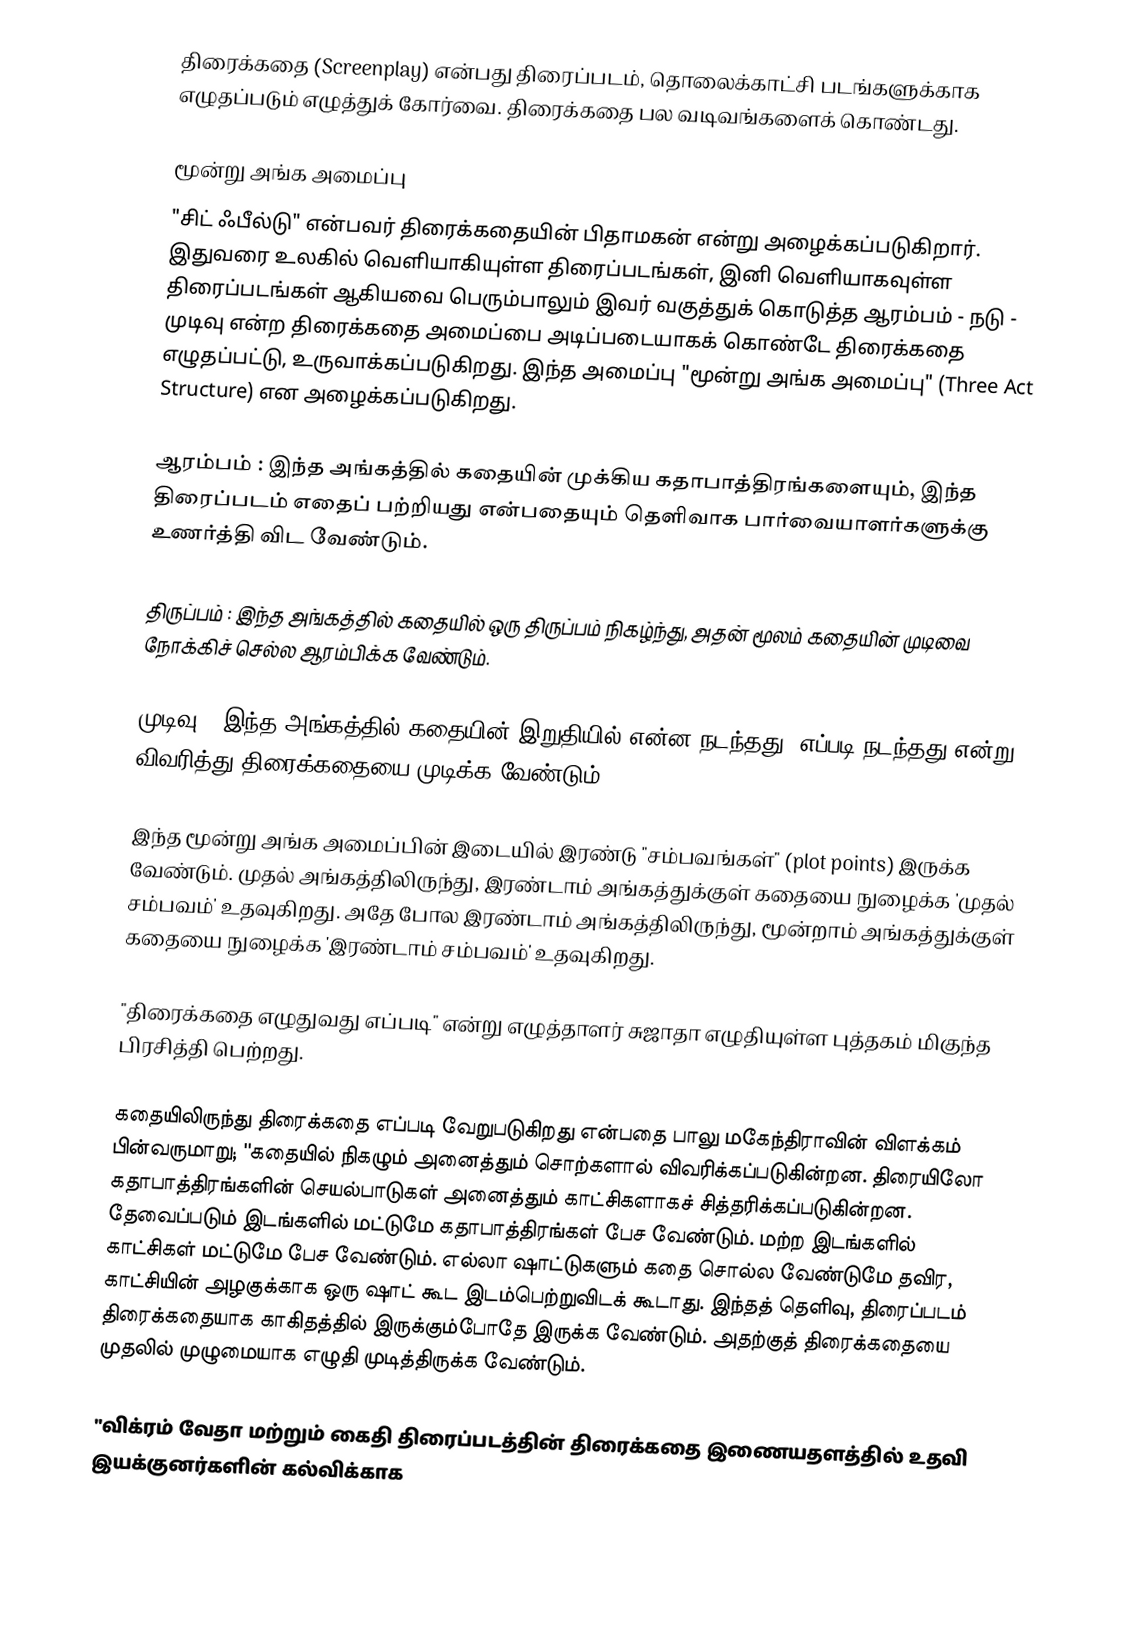
திரைக்கதை (Screenplay) என்பது திரைப்படம், தொலைக்காட்சி படங்களுக்காக எழுதப்படும் எழுத்துக் கோர்வை. திரைக்கதை பல வடிவங்களைக் கொண்டது.

மூன்று அங்க அமைப்பு
"சிட் ஃபீல்டு" என்பவர் திரைக்கதையின் பிதாமகன் என்று அழைக்கப்படுகிறார். இதுவரை உலகில் வெளியாகியுள்ள திரைப்படங்கள், இனி வெளியாகவுள்ள திரைப்படங்கள் ஆகியவை பெரும்பாலும் இவர் வகுத்துக் கொடுத்த ஆரம்பம் - நடு - முடிவு என்ற திரைக்கதை அமைப்பை அடிப்படையாகக் கொண்டே திரைக்கதை எழுதப்பட்டு, உருவாக்கப்படுகிறது. இந்த அமைப்பு "மூன்று அங்க அமைப்பு" (Three Act Structure) என அழைக்கப்படுகிறது.

ஆரம்பம் : இந்த அங்கத்தில் கதையின் முக்கிய கதாபாத்திரங்களையும், இந்த திரைப்படம் எதைப் பற்றியது என்பதையும் தெளிவாக பார்வையாளர்களுக்கு உணர்த்தி விட வேண்டும்.

திருப்பம் : இந்த அங்கத்தில் கதையில் ஒரு திருப்பம் நிகழ்ந்து, அதன் மூலம் கதையின் முடிவை நோக்கிச் செல்ல ஆரம்பிக்க வேண்டும்.

முடிவு : இந்த அங்கத்தில் கதையின் இறுதியில் என்ன நடந்தது, எப்படி நடந்தது என்று விவரித்து திரைக்கதையை முடிக்க வேண்டும்.

இந்த மூன்று அங்க அமைப்பின் இடையில் இரண்டு "சம்பவங்கள்" (plot points) இருக்க வேண்டும். முதல் அங்கத்திலிருந்து, இரண்டாம் அங்கத்துக்குள் கதையை நுழைக்க 'முதல் சம்பவம்' உதவுகிறது. அதே போல இரண்டாம் அங்கத்திலிருந்து, மூன்றாம் அங்கத்துக்குள் கதையை நுழைக்க 'இரண்டாம் சம்பவம்' உதவுகிறது.

"திரைக்கதை எழுதுவது எப்படி" என்று எழுத்தாளர் சுஜாதா எழுதியுள்ள புத்தகம் மிகுந்த பிரசித்தி பெற்றது.

கதையிலிருந்து திரைக்கதை எப்படி வேறுபடுகிறது என்பதை பாலு மகேந்திராவின் விளக்கம் பின்வருமாறு; ''கதையில் நிகழும் அனைத்தும் சொற்களால் விவரிக்கப்படுகின்றன. திரையிலோ கதாபாத்திரங்களின் செயல்பாடுகள் அனைத்தும் காட்சிகளாகச் சித்தரிக்கப்படுகின்றன. தேவைப்படும் இடங்களில் மட்டுமே கதாபாத்திரங்கள் பேச வேண்டும். மற்ற இடங்களில் காட்சிகள் மட்டுமே பேச வேண்டும். எல்லா ஷாட்டுகளும் கதை சொல்ல வேண்டுமே தவிர, காட்சியின் அழகுக்காக ஒரு ஷாட் கூட இடம்பெற்றுவிடக் கூடாது. இந்தத் தெளிவு, திரைப்படம் திரைக்கதையாக காகிதத்தில் இருக்கும்போதே இருக்க வேண்டும். அதற்குத் திரைக்கதையை முதலில் முழுமையாக எழுதி முடித்திருக்க வேண்டும்.

"விக்ரம் வேதா மற்றும் கைதி திரைப்படத்தின் திரைக்கதை இணையதளத்தில் உதவி இயக்குனர்களின் கல்விக்காக